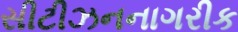
સીટીઝનનાગરીક